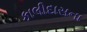
કાલીદાસના